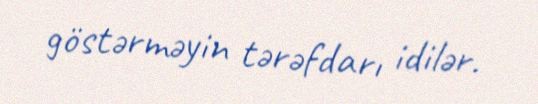
göstərməyin tərəfdarı idilər.